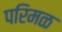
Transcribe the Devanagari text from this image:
परिमळ